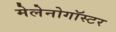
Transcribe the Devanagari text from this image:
मेलेनोगॉस्टर